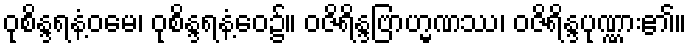
ဝုစိန္ဒရနံ့ဝမေ၊ ဝုစိန္ဒရနံ့ဝေ၌။ ဝဇိရိန္ဒဗြာဟ္မဏဿ၊ ဝဇိရိန္ဒပုဏ္ဏား၏။